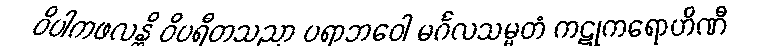
ဝိပါကဖလန္တိ ဝိပရီတသညာ ပရာဘဝေါ မင်္ဂလသမ္မတံ ကဋုကရောဟိဏီ